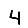
Digit: 4